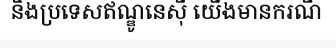
និងប្រទេសឥណ្ឌូនេស៊ី យើងមានករណី